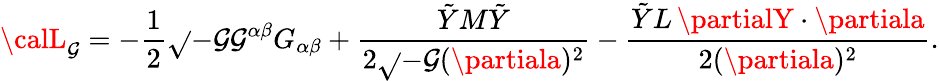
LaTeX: {\calL}_{\mathcal{G}}=-{\frac{{1}}{{2}}}\sqrt{}{{-\mathcal{G}}}\mathcal{G}^{\alpha\beta}G_{\alpha\beta}+{\frac{{\tilde{{Y}}M\tilde{{Y}}}}{{2\sqrt{}{{-\mathcal{G}}}(\partiala)^{2}}}}-{\frac{{\tilde{{Y}}L\, \partialY\cdot\partiala}}{{2(\partiala)^{2}}}}.